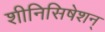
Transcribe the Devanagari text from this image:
शीनिसिषेशन्